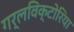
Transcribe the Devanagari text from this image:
गर्लविक्टोरिया